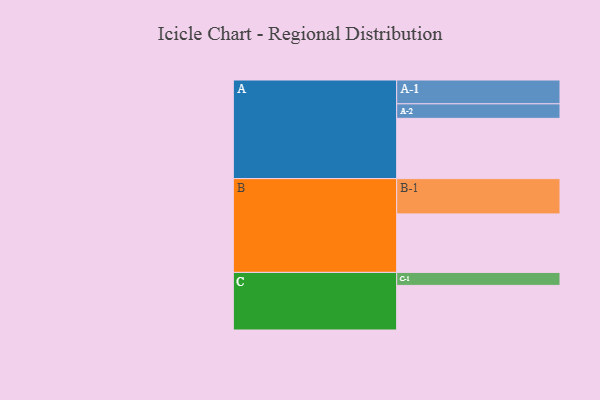
{"axis": {"x": "Segment", "y": "Value"}, "legend": ["", "A", "B", "C"], "data": [{"x": "A", "y": 473, "type": ""}, {"x": "B", "y": 459, "type": ""}, {"x": "C", "y": 350, "type": ""}, {"x": "A-1", "y": 187, "type": "A"}, {"x": "A-2", "y": 114, "type": "A"}, {"x": "B-1", "y": 277, "type": "B"}, {"x": "C-1", "y": 102, "type": "C"}]}